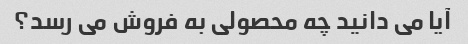
آیا می دانید چه محصولی به فروش می رسد؟